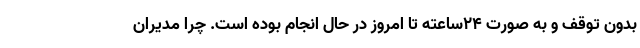
بدون توقف و به صورت ۲۴ساعته تا امروز در حال انجام بوده است. چرا مدیران